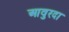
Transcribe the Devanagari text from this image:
आवुरदा